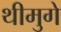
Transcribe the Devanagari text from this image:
थीमुगे